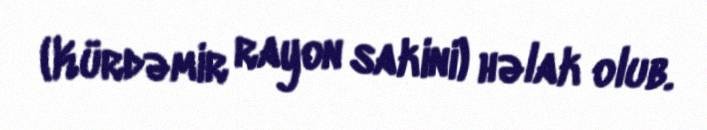
(Kürdəmir rayon sakini) həlak olub.